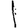
Digit: 1